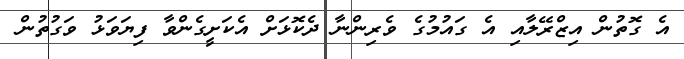
އެ ގޮތުން އިޒްރޭލާއި އެ ގައުމުގެ ވެރިންނާ ދެކޮޅަށް އެކަށީގެންވާ ފިޔަވަޅު ވަގުތުން